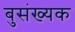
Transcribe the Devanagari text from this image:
बुसंख्यक